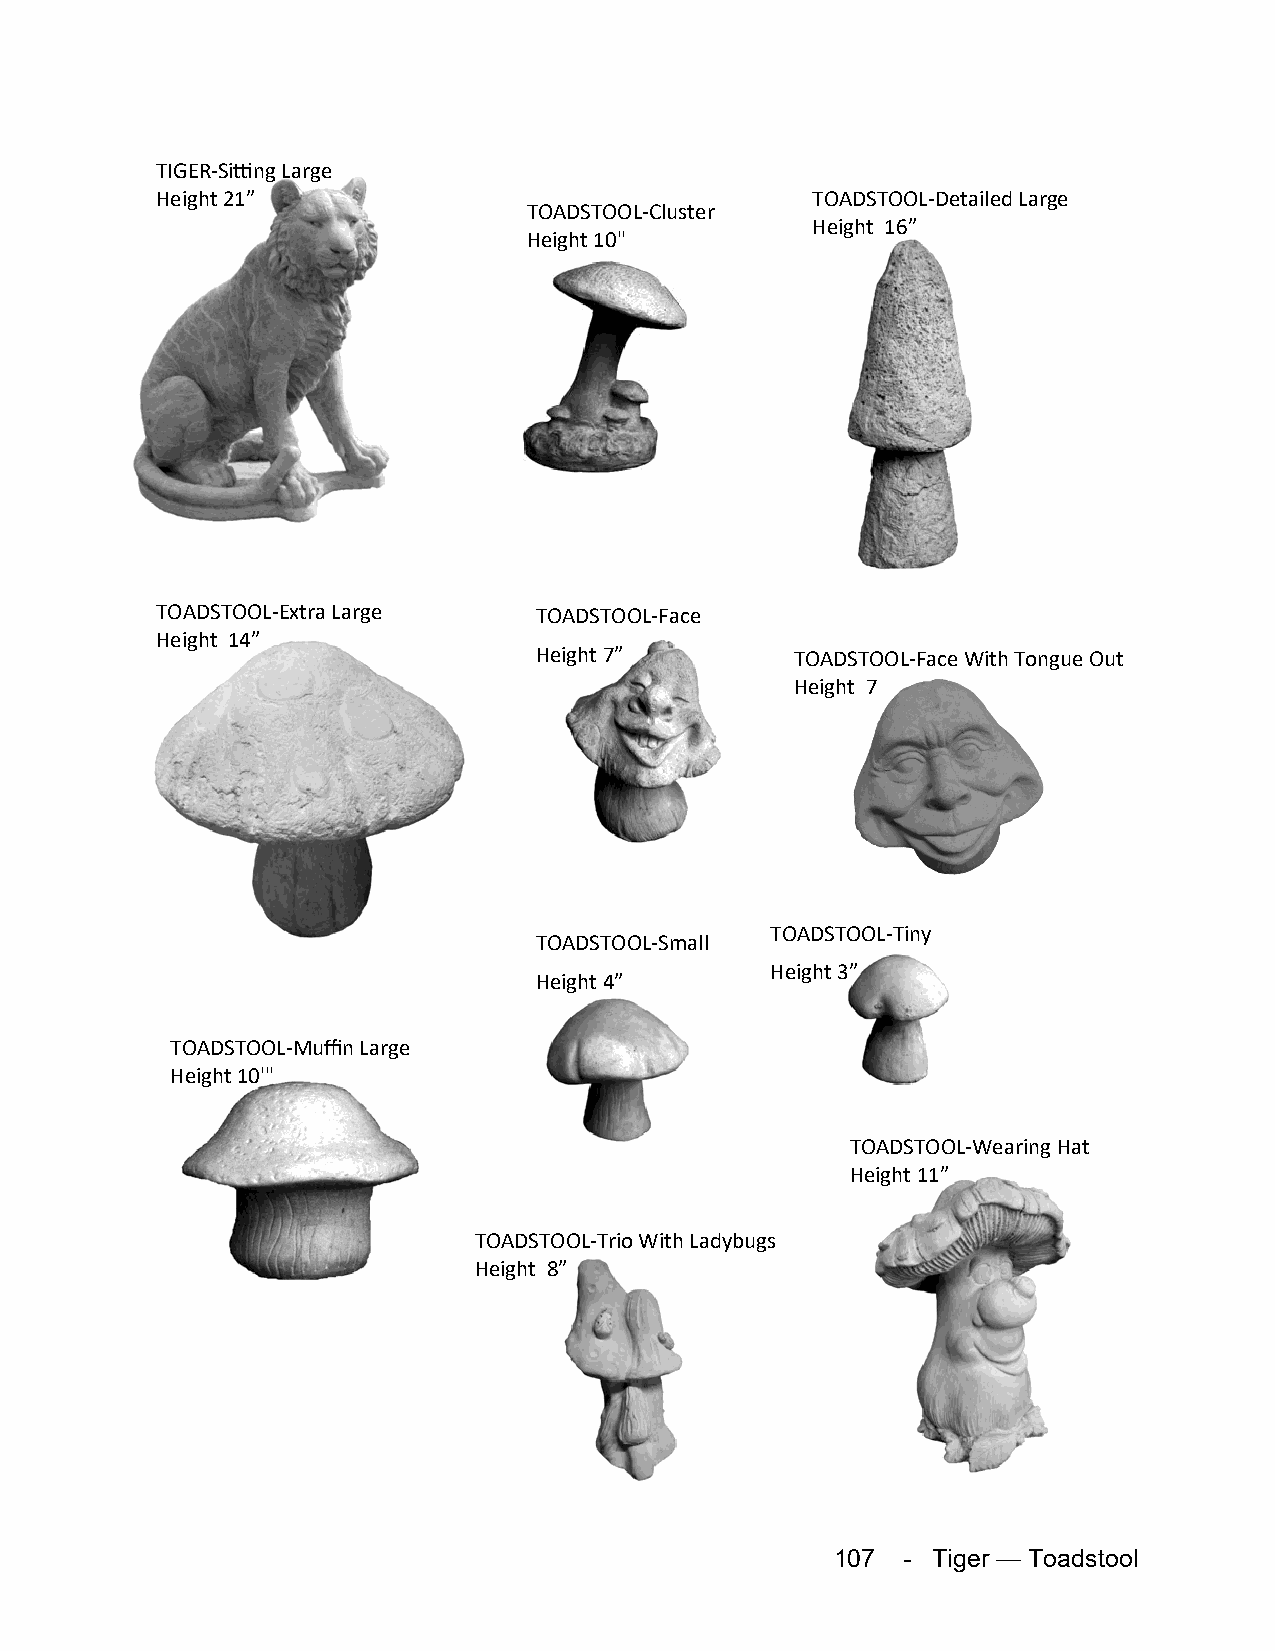
TIGER-Sitting Large
 Height 21”                                  TOADSTOOL-Detailed Large
 TOADSTOOL-Cluster
 Height 16”
 Height 10"
 TOADSTOOL-Extra Large    TOADSTOOL-Face
 Height 14”
 Height 7”         TOADSTOOL-Face With Tongue Out
 Height 7
 TOADSTOOL-Tiny
 TOADSTOOL-Small
 Height 3”
 Height 4”
 TOADSTOOL-Muffin Large
 Height 10'"
 TOADSTOOL-Wearing Hat
 Height 11”
 TOADSTOOL-Trio With Ladybugs
 Height 8”
 107  - Tiger — Toadstool